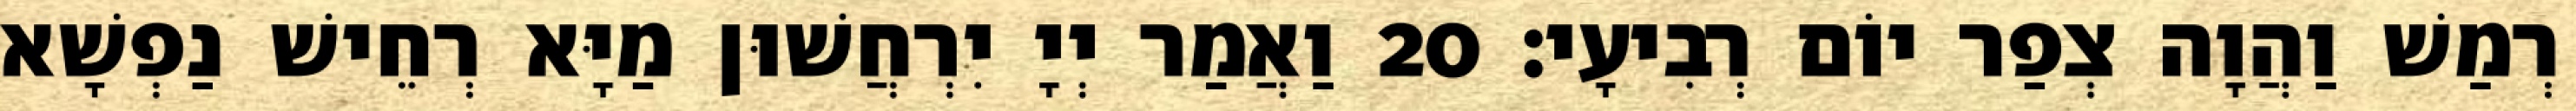
רְמַשׁ וַהֲוָה צְפַר יוֹם רְבִיעָי׃ 20 וַאֲמַר יְיָ יִרְחֲשׁוּן מַיָּא רְחֵישׁ נַפְשָׁא